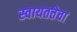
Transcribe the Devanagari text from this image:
स्वायतत्तेचा